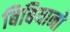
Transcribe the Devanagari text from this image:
बिबियानो